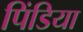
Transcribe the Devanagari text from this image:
पिंडिया